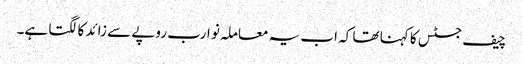
چیف جسٹس کا کہنا تھا کہ اب یہ معاملہ نو ارب روپے سے زائد کا لگتا ہے۔